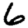
Digit: 6